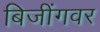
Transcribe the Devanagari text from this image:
बिजींगवर